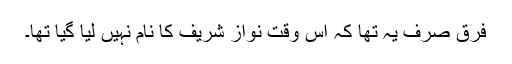
فرق صرف یہ تھا کہ اس وقت نواز شریف کا نام نہیں لیا گیا تھا۔